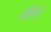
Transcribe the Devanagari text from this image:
जोधनु